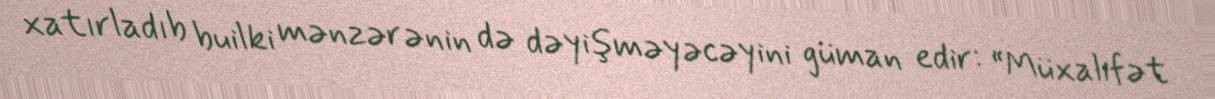
xatırladıb builki mənzərənin də dəyişməyəcəyini güman edir: “Müxalifət